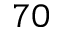
7 0